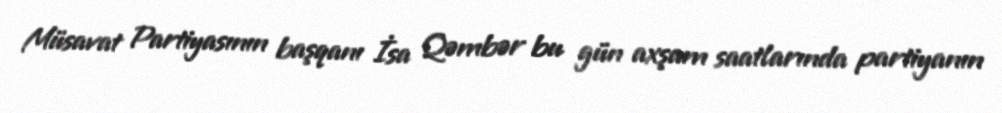
Müsavat Partiyasının başqanı İsa Qəmbər bu gün axşam saatlarında partiyanın